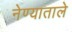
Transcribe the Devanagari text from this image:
नेण्याताले